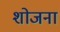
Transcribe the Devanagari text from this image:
शोजना